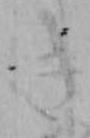
き